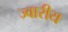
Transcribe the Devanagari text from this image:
ज्‍वारीय